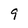
Character: 9